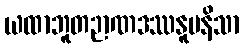
ယထာဘူတဉာဏဒဿနူပနိသာ